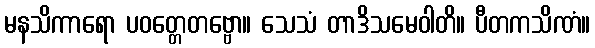
မနသိကာရော ပဝတ္တေတဗ္ဗော။ သေသံ တာဒိသမေဝါတိ။ ပီတကသိဏံ။